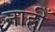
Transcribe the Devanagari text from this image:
नाहीँ